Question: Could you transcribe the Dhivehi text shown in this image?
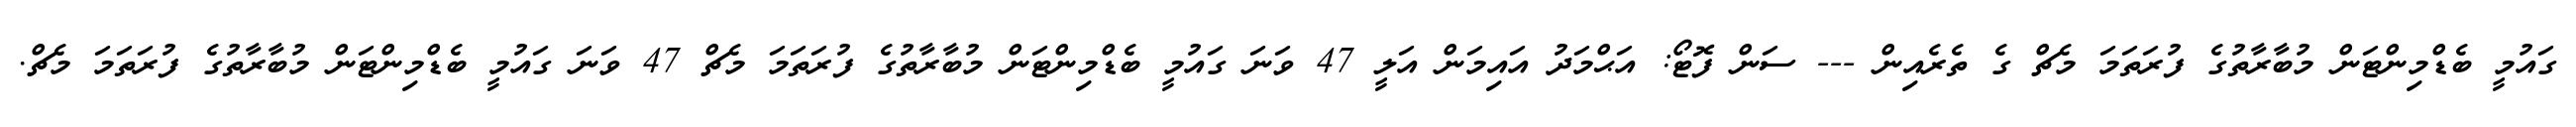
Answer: ގައުމީ ބެޑްމިންޓަން މުބާރާތުގެ ފުރަތަމަ މެޗް ގެ ތެރެއިން --- ސަން ފޮޓޯ: އަޙްމަދު އައިމަން އަލީ 47 ވަނަ ގައުމީ ބެޑްމިންޓަން މުބާރާތުގެ ފުރަތަމަ މެޗް 47 ވަނަ ގައުމީ ބެޑްމިންޓަން މުބާރާތުގެ ފުރަތަމަ މެޗް.